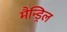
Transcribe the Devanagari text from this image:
मैन्ड्रिल